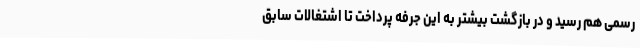
رسمی هم رسید و در بازگشت بیشتر به این جرفه پرداخت تا اشتغالات سابق